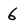
Character: 6